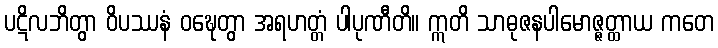
ပဋိလဘိတွာ ဝိပဿနံ ဝဍ္ဎေတွာ အရဟတ္တံ ပါပုဏီတိ။ ဣတိ သာဓုဇနပါမောဇ္ဇတ္ထာယ ကတေ